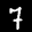
Label: 7